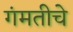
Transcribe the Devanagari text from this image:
गंमतीचे